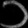
Digit: ၁